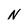
Character: N